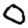
Digit: 0